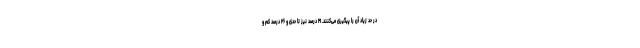
در حد زیاد آن را پیگیری می‌کنند. ۲۱ درصد نیز تا حدی و ۲۶ درصد کم و